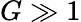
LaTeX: G\gg 1